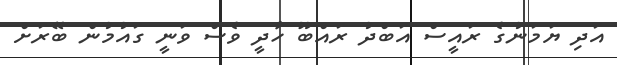
އަދި ޔަމަނުގެ ރައީސް އަބްދު ރައްބޫ ހާދީ ވެސް ވަނީ ގައުމުން ބޭރަށް